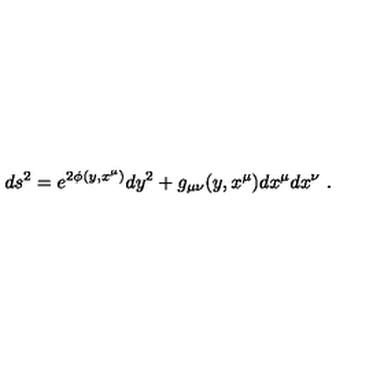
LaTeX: d s ^ { 2 } = e ^ { 2 \phi ( y , x ^ { \mu } ) } d y ^ { 2 } + g _ { \mu \nu } ( y , x ^ { \mu } ) d x ^ { \mu } d x ^ { \nu } \ .